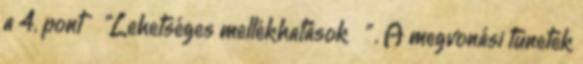
a 4. pont "Lehetséges mellékhatások " . A megvonási tünetek